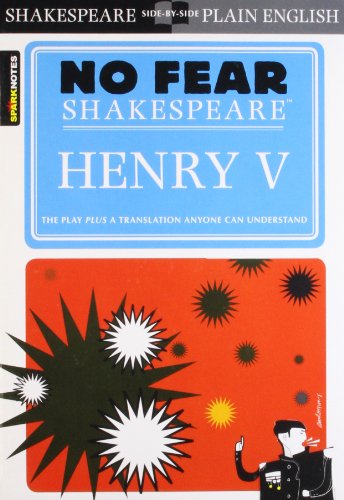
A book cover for No Fear Shakespeare: Henry V; Literature & Fiction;